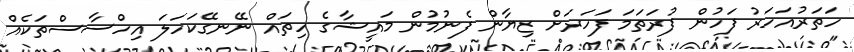
ހަތަރުއަހަރު ފަހުން ފުރަތަމަ ފަހަރަށް ޒިޔާން ފެނުމުން މައީޝާގެ ހިތައް ނޭނގޭކަހަލަ އިހްސާސްތަކެއް